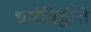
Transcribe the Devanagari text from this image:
धर्मविर्द्धनी